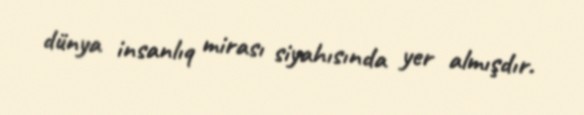
dünya insanlıq mirası siyahısında yer almışdır.